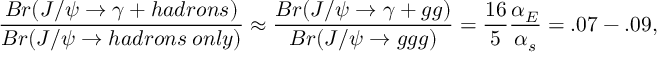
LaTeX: \frac { B r ( J / \psi \rightarrow \gamma + { h a d r o n s } ) } { B r ( J / \psi \rightarrow { h a d r o n s \: o n l y } ) } \approx \frac { B r ( J / \psi \rightarrow \gamma + g g ) } { B r ( J / \psi \rightarrow g g g ) } = \frac { 1 6 } { 5 } \frac { \alpha _ { E } } { \alpha _ { s } } = . 0 7 - . 0 9 ,